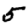
Digit: 5